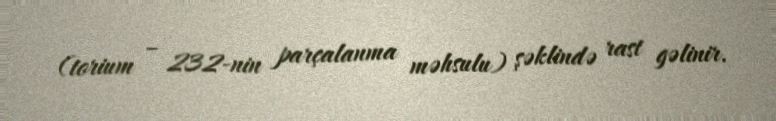
(torium – 232-nin parçalanma məhsulu) şəklində rast gəlinir.